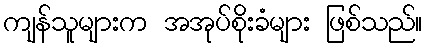
ကျန်သူများက အအုပ်စိုးခံများ ဖြစ်သည်။